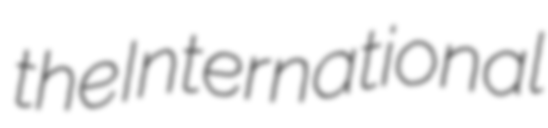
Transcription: the International